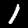
Label: 1